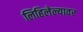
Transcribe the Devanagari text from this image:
लिहिलेल्यावर